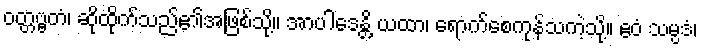
ဝတ္တဗ္ဗတံ၊ ဆိုထိုက်သည်၏အဖြစ်သို့။ အာပါဒေန္တိ ယထာ၊ ရောက်စေကုန်သကဲ့သို့။ ဧဝံ သမ္ပဒံ၊